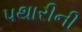
પથારીની